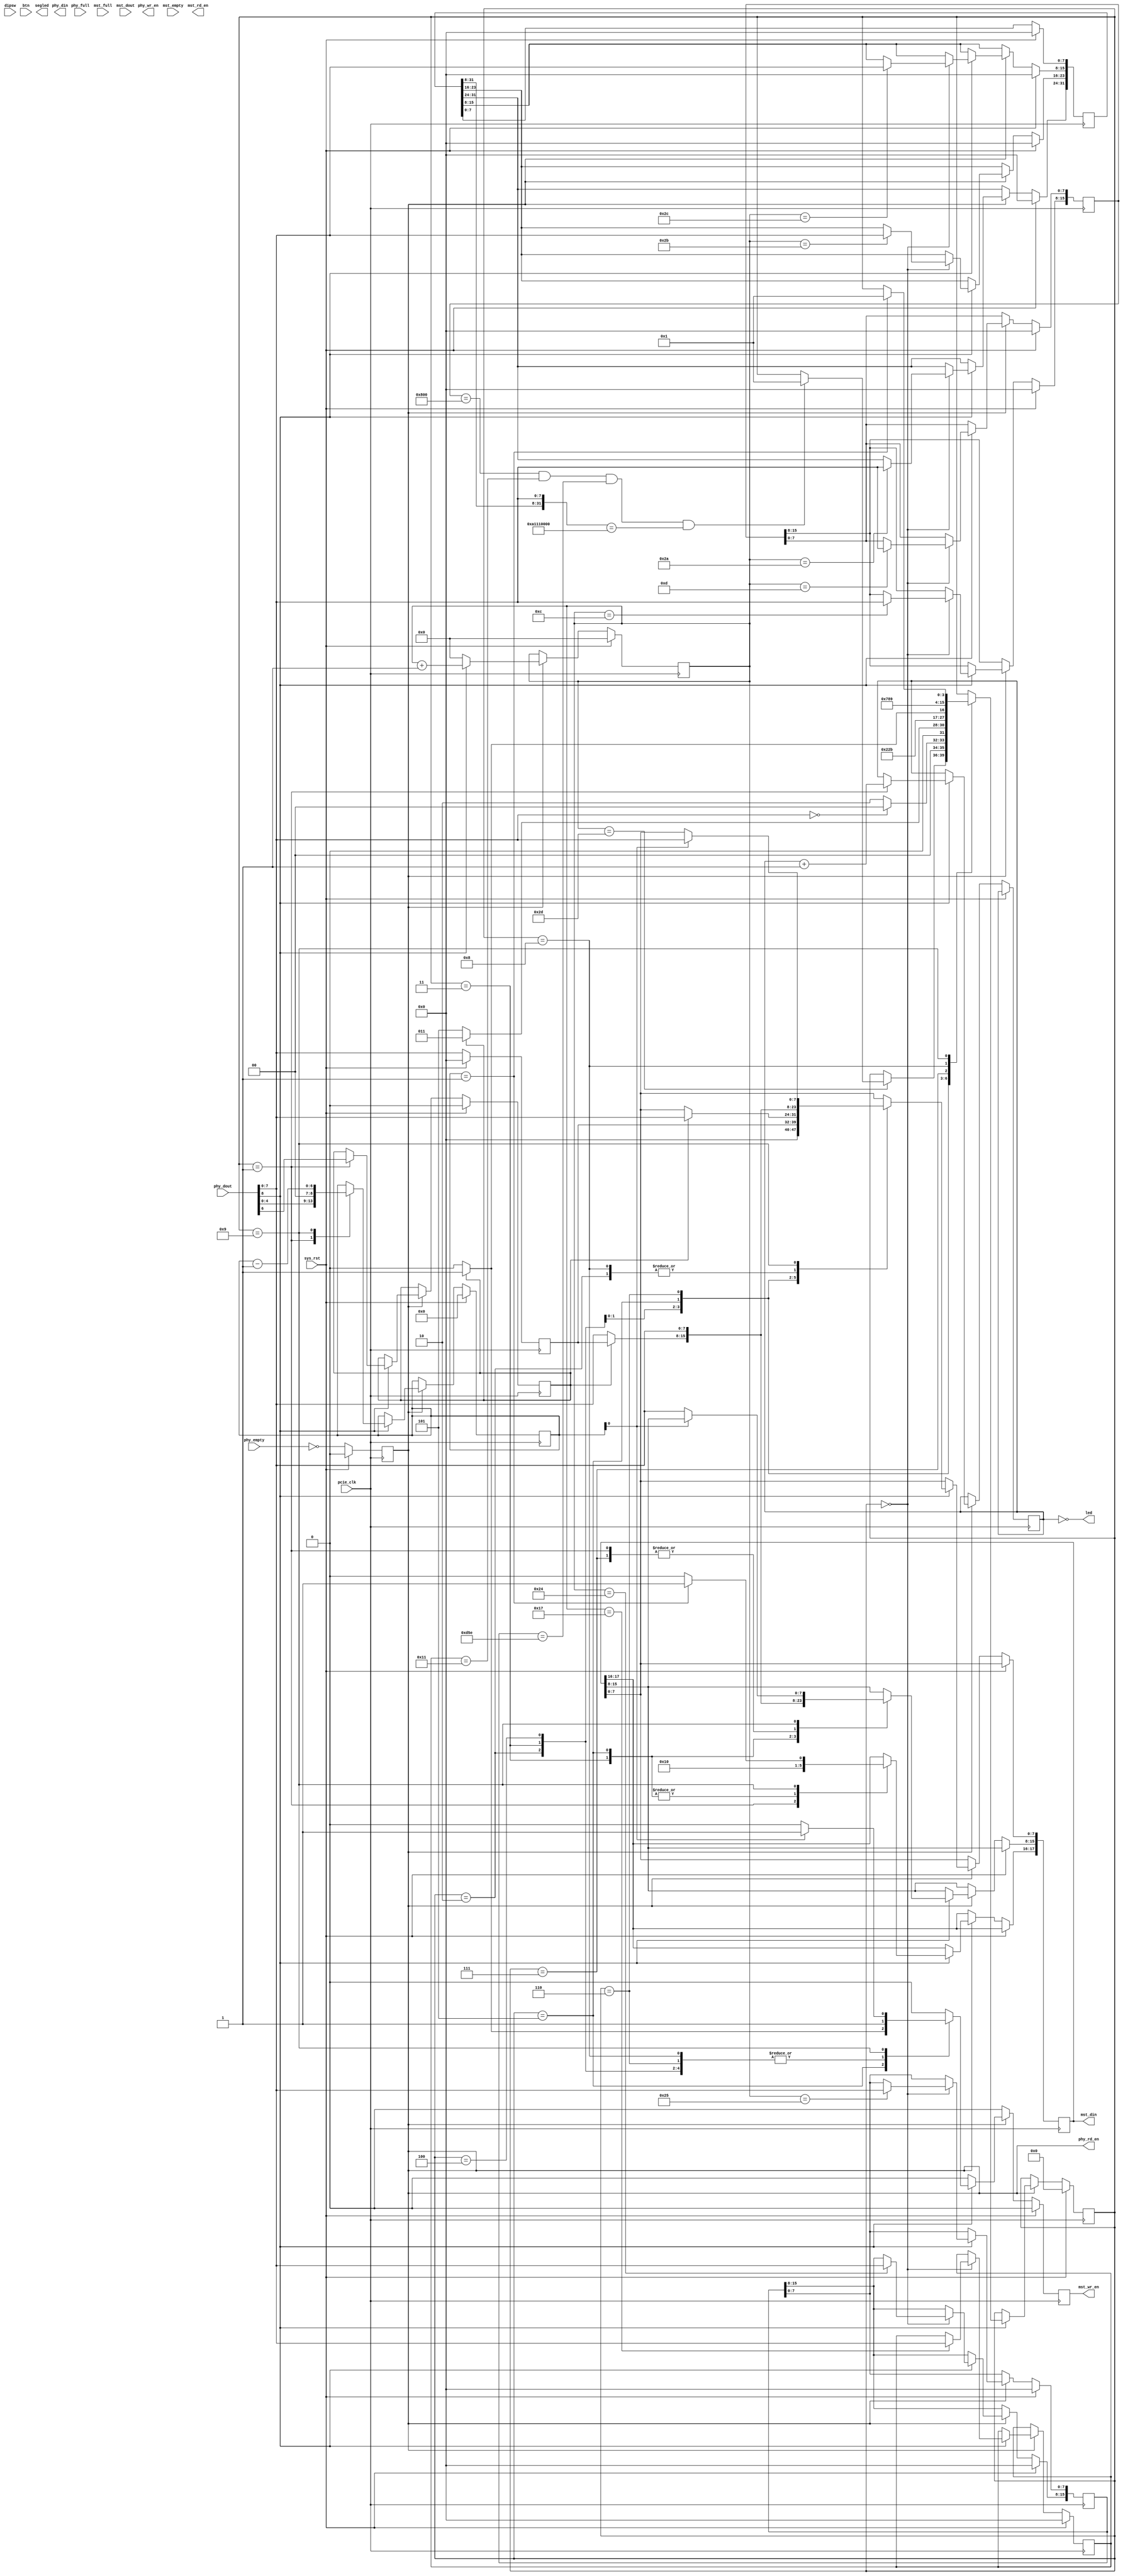
`default_nettype none
module server (
	// System
	input pcie_clk,
	input sys_rst,
	// Phy FIFO
	output [8:0]  phy_din,
	input phy_full,
	output reg  phy_wr_en,
	input [8:0] phy_dout,
	input phy_empty,
	output reg phy_rd_en,
	// Master FIFO
	output reg [17:0] mst_din,
	input mst_full,
	output reg  mst_wr_en,
	input [17:0] mst_dout,
	input mst_empty,
	output reg mst_rd_en,
	// LED and Switches
	input [7:0] dipsw,
	output [7:0] led,
	output [13:0] segled,
	input btn
);

parameter [3:0]
	SRV_IDLE     = 4'h0,
	SRV_HEAD0    = 4'h1,
	SRV_HEAD1    = 4'h2,
	SRV_ADDR64   = 4'h3,
	SRV_ADDR48   = 4'h4,
	SRV_ADDR32   = 4'h5,
	SRV_ADDR24   = 4'h6,
	SRV_ADDR16   = 4'h7,
	SRV_ADDR8    = 4'h8,
	SRV_DATA     = 4'h9;
reg [3:0] srv_status = SRV_IDLE;
	
reg [11:0] counter;
reg [47:0] eth_dest;
reg [47:0] eth_src;
reg [15:0] eth_type;
reg [3:0] ip_hdrlen;
reg [7:0]  ipv4_tos;
reg [7:0]  ipv4_ttl;
reg [15:0] ipv4_sum;
reg [7:0]  ipv4_protocol;
reg [31:0] ipv4_src_ip, ipv4_dest_ip;
reg [15:0] ipv4_src_port, ipv4_dest_port;
reg [15:0] ipv4_udp_len;
reg [15:0] ipv4_udp_sum;
reg [31:0] magic_code;
reg srv_64bit;
reg [6:0] blen;
reg [7:0] count;
reg [7:0] phy_dout2;	// previous phy_dout
always @(posedge pcie_clk) begin
	if (sys_rst) begin
		counter <= 12'h0;
		eth_dest <= 48'h0;
		eth_src <= 48'h0;
		eth_type <= 16'h0;
		ip_hdrlen <= 4'h0;
		ipv4_tos <= 8'h0;
		ipv4_ttl <= 8'h0;
		ipv4_sum <= 16'h0;
		ipv4_protocol <= 8'h0;
		ipv4_src_ip <= 32'h0;
		ipv4_dest_ip <= 32'h0;
		ipv4_src_port <= 16'h0;
		ipv4_dest_port <= 16'h0;
		ipv4_udp_len <= 16'h0;
		ipv4_udp_sum <= 16'h0;
		magic_code <= 32'h0;
		phy_rd_en <= 1'b0;
		srv_status <= SRV_IDLE;
		mst_wr_en <= 1'b0;
		srv_64bit <= 1'b0;
		blen <= 7'h0;
		phy_dout2 <= 8'h00;
	end else begin
		phy_dout2 <= phy_dout;
              	phy_rd_en  <= ~phy_empty;
		mst_wr_en <= 1'b0;
		if ( phy_rd_en == 1'b1 ) begin
			counter <= counter + 12'h1;
			if (phy_dout[8] == 1'b1) begin
				case ( srv_status )
					SRV_IDLE:
						case (counter)
							12'h00: eth_dest[47:40]       <= phy_dout[7:0];
							12'h01: eth_dest[39:32]       <= phy_dout[7:0];
							12'h02: eth_dest[31:24]       <= phy_dout[7:0];
							12'h03: eth_dest[23:16]       <= phy_dout[7:0];
							12'h04: eth_dest[15: 8]       <= phy_dout[7:0];
							12'h05: eth_dest[ 7: 0]       <= phy_dout[7:0];
							12'h06: eth_src[47:40]        <= phy_dout[7:0];
							12'h07: eth_src[39:32]        <= phy_dout[7:0];
							12'h08: eth_src[31:24]        <= phy_dout[7:0];
							12'h09: eth_src[23:16]        <= phy_dout[7:0];
							12'h0a: eth_src[15: 8]        <= phy_dout[7:0];
							12'h0b: eth_src[ 7: 0]        <= phy_dout[7:0];
							12'h0c: eth_type[15:8]        <= phy_dout[7:0];
							12'h0d: eth_type[7:0]         <= phy_dout[7:0];
							12'h0e: ip_hdrlen[3:0]        <= phy_dout[3:0];
							12'h0f: ipv4_tos[7:0]         <= phy_dout[7:0];
							12'h16: ipv4_ttl[7:0]         <= phy_dout[7:0];
							12'h17: ipv4_protocol[7:0]    <= phy_dout[7:0];
							12'h18: ipv4_sum[15:8]        <= phy_dout[7:0];
							12'h19: ipv4_sum[7:0]         <= phy_dout[7:0];
							12'h1a: ipv4_src_ip[31:24]    <= phy_dout[7:0];
							12'h1b: ipv4_src_ip[23:16]    <= phy_dout[7:0];
							12'h1c: ipv4_src_ip[15: 8]    <= phy_dout[7:0];
							12'h1d: ipv4_src_ip[ 7: 0]    <= phy_dout[7:0];
							12'h1e: ipv4_dest_ip[31:24]   <= phy_dout[7:0];
							12'h1f: ipv4_dest_ip[23:16]   <= phy_dout[7:0];
							12'h20: ipv4_dest_ip[15: 8]   <= phy_dout[7:0];
							12'h21: ipv4_dest_ip[ 7: 0]   <= phy_dout[7:0];
							12'h22: ipv4_src_port[15: 8]  <= phy_dout[7:0];
							12'h23: ipv4_src_port[ 7: 0]  <= phy_dout[7:0];
							12'h24: ipv4_dest_port[15: 8] <= phy_dout[7:0];
							12'h25: ipv4_dest_port[ 7: 0] <= phy_dout[7:0];
							12'h26: ipv4_udp_len[15: 8]   <= phy_dout[7:0]; // UDP header(08)+data_length
							12'h27: ipv4_udp_len[ 7: 0]   <= phy_dout[7:0];
							12'h28: ipv4_udp_sum[15: 8]   <= phy_dout[7:0];
							12'h29: ipv4_udp_sum[ 7: 0]   <= phy_dout[7:0];
							12'h2a: magic_code[31:24]     <= phy_dout[7:0];
							12'h2b: magic_code[23:16]     <= phy_dout[7:0];
							12'h2c: magic_code[15: 8]     <= phy_dout[7:0];
							12'h2d: begin
								if ( eth_type == 16'h0800 && ipv4_protocol == 8'h11 && ipv4_dest_port == 16'h0d5e && {magic_code[31:8], phy_dout[7:0] } == 32'ha1110000 )
									srv_status <= SRV_HEAD0;
							end
						endcase
					SRV_HEAD0: begin
count <= count + 8'h1;
						mst_din[17:8] <= {2'b10, phy_dout[7:0]};
						srv_64bit <= phy_dout[6];
						blen <= {phy_dout[5:0] , 2'b00};
						if ( phy_dout[7:0] == 8'h00 )
							srv_status <= SRV_IDLE;
						else
							srv_status <= SRV_HEAD1;
					end
					SRV_HEAD1: begin
						mst_din[7:0] <= phy_dout[7:0];
						mst_wr_en <= 1'b1;
						if (srv_64bit == 1'b1)
							srv_status <= SRV_ADDR64;
						else
							srv_status <= SRV_ADDR32;
					end
					SRV_ADDR64: begin
						mst_wr_en <= 1'b1;
						mst_din[17:0] <= 18'h00;
						srv_status <= SRV_ADDR48;
					end
					SRV_ADDR48: begin
						mst_wr_en <= 1'b1;
						mst_din[7:0] <= phy_dout2[7:0];
						srv_status <= SRV_ADDR32;
					end
					SRV_ADDR32: begin
						if (srv_64bit == 1'b1) begin
							mst_wr_en <= 1'b1;
							mst_din[17:0] <= {2'b00, phy_dout2[7:0], phy_dout[7:0]};
							srv_status <= SRV_ADDR16;
						end else begin
							mst_wr_en <= 1'b0;
							mst_din[17:8] <= {2'b00, phy_dout[7:0]};
							srv_status <= SRV_ADDR24;
						end
					end
					SRV_ADDR24: begin
						mst_wr_en <= 1'b1;
						mst_din[7:0] <= srv_64bit ? phy_dout2[7:0] : phy_dout[7:0];
						srv_status <= SRV_ADDR16;
					end
					SRV_ADDR16: begin
						mst_wr_en <= 1'b0;
						mst_din[15:8] <= phy_dout[7:0];
						srv_status <= SRV_ADDR8;
					end
					SRV_ADDR8: begin
						mst_wr_en <= 1'b1;
						mst_din[7:0] <= phy_dout[7:0];
						srv_status <= SRV_DATA;
					end
					SRV_DATA: begin
						blen <= blen - 7'h1;
						if ( blen[0] == 1'b0 ) begin
							mst_din[15:8] <= phy_dout[7:0];
						end else begin
							mst_din[7:0] <= phy_dout[7:0];
							mst_wr_en <= 1'b1;
						end
						if ( blen == 7'h1 ) begin
							mst_din[17:16] <= 2'b01;
							srv_status <= SRV_HEAD0;
						end else begin
							mst_din[17:16] <= 2'b00;
						end
					end
				endcase
			end else begin
				counter <= 12'h0;
			end
		end
	end
end

//assign led[7:0] = ~eth_dest[7:0];
assign led[7:0] = ~count;

endmodule
`default_nettype wire